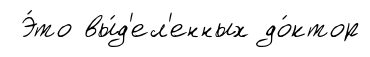
Э́то вы́д'ел'енных до́ктор